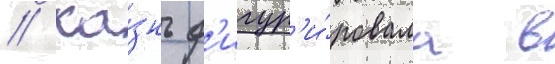
// Ка́знь ф'игур'и́ровала в